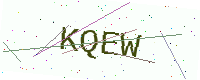
Text: KQEW